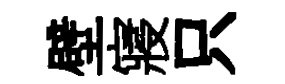
壁寢只